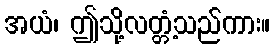
အယံ၊ ဤသို့လတ္တံ့သည်ကား။